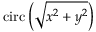
\operatorname { c i r c } \left( { \sqrt { x ^ { 2 } + y ^ { 2 } } } \right)